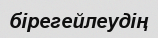
бірегейлеудің